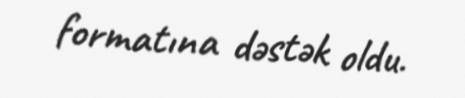
formatına dəstək oldu.